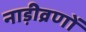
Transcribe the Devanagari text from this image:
नाड़ीव्रणों